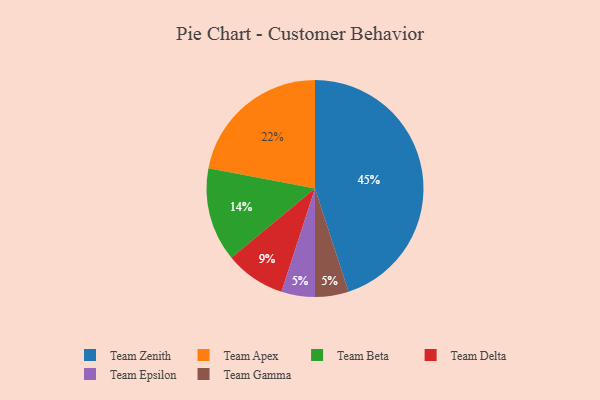
{"axis": {"x": "Category", "y": "Percentage"}, "legend": ["Team Apex", "Team Beta", "Team Delta", "Team Epsilon", "Team Gamma", "Team Zenith"], "data": [{"x": "Team Beta", "y": 14, "type": "Team Beta"}, {"x": "Team Epsilon", "y": 5, "type": "Team Epsilon"}, {"x": "Team Gamma", "y": 5, "type": "Team Gamma"}, {"x": "Team Delta", "y": 9, "type": "Team Delta"}, {"x": "Team Apex", "y": 22, "type": "Team Apex"}, {"x": "Team Zenith", "y": 45, "type": "Team Zenith"}]}